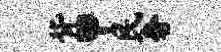
背甲民奢